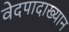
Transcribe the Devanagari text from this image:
वेदपादाख्यान